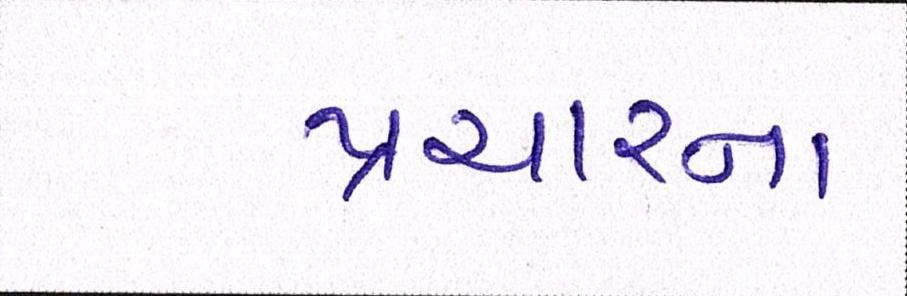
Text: પ્રચારના